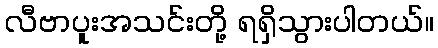
လီဗာပူးအသင်းတို့ ရရှိသွားပါတယ်။